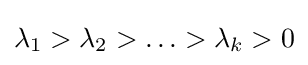
\lambda _{1}>\lambda _{2}>\ldots >\lambda _{k}>0